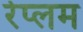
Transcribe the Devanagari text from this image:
रेप्लम